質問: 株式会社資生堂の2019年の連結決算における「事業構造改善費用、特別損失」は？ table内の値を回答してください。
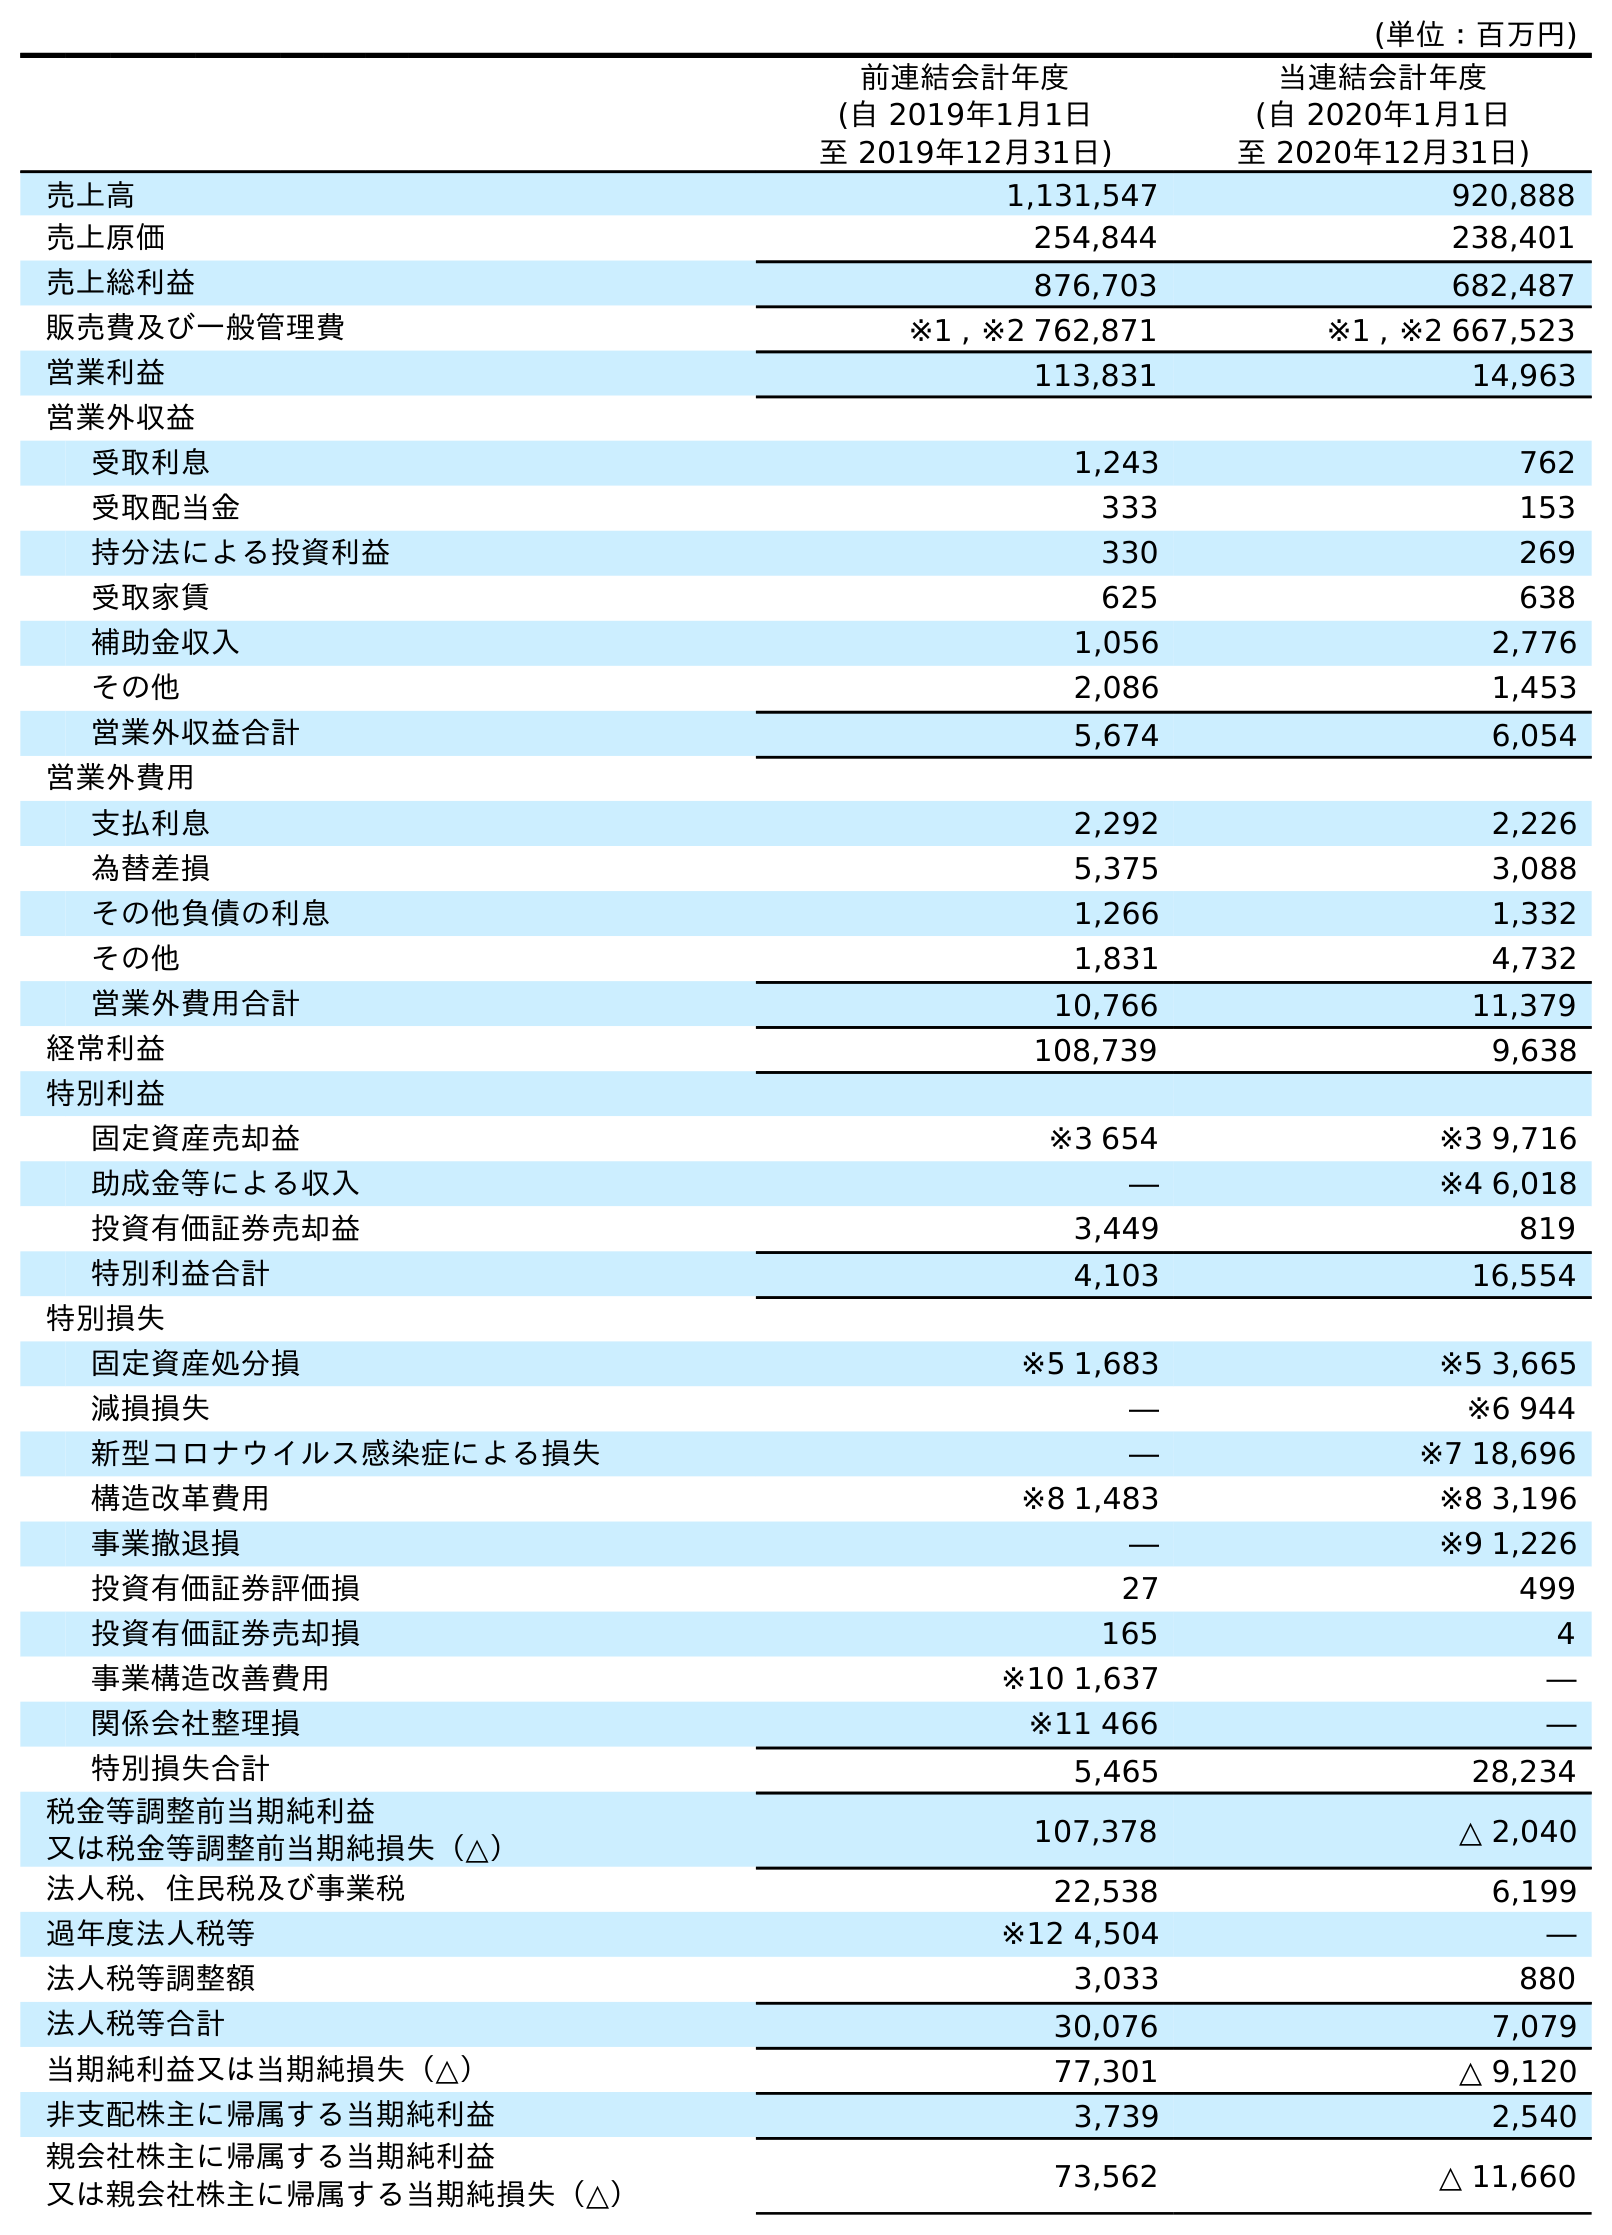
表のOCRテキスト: (単位：百万円) 前連結会計年度 (自 2019年1月1日 至 2019年12月31日) 当連結会計年度 (自 2020年1月1日 至 2020年12月31日) 売上高 1,131,547 920,888 売上原価 254,844 238,401 売上総利益 876,703 682,487 販売費及び一般管理費 ※1 , ※2 762,871 ※1 , ※2 667,523 営業利益 113,831 14,963 営業外収益 受取利息 1,243 762 受取配当金 333 153 持分法による投資利益 330 269 受取家賃 625 638 補助金収入 1,056 2,776 その他 2,086 1,453 営業外収益合計 5,674 6,054 営業外費用 支払利息 2,292 2,226 為替差損 5,375 3,088 その他負債の利息 1,266 1,332 その他 1,831 4,732 営業外費用合計 10,766 11,379 経常利益 108,739 9,638 特別利益 固定資産売却益 ※3 654 ※3 9,716 助成金等による収入 ― ※4 6,018 投資有価証券売却益 3,449 819 特別利益合計 4,103 16,554 特別損失 固定資産処分損 ※5 1,683 ※5 3,665 減損損失 ― ※6 944 新型コロナウイルス感染症による損失 ― ※7 18,696 構造改革費用 ※8 1,483 ※8 3,196 事業撤退損 ― ※9 1,226 投資有価証券評価損 27 499 投資有価証券売却損 165 4 事業構造改善費用 ※10 1,637 ― 関係会社整理損 ※11 466 ― 特別損失合計 5,465 28,234 税金等調整前当期純利益 又は税金等調整前当期純損失（△） 107,378 △ 2,040 法人税、住民税及び事業税 22,538 6,199 過年度法人税等 ※12 4,504 ― 法人税等調整額 3,033 880 法人税等合計 30,076 7,079 当期純利益又は当期純損失（△） 77,301 △ 9,120 非支配株主に帰属する当期純利益 3,739 2,540 親会社株主に帰属する当期純利益 又は親会社株主に帰属する当期純損失（△） 73,562 △ 11,660
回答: ※101,637